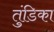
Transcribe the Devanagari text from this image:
तुंडिका